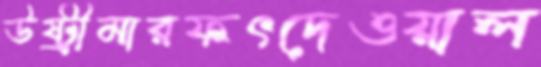
উষ্ট্রীমারফৎদেওয়াল